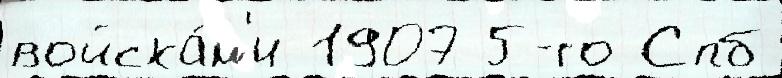
войска́м'и 1907 5-го Спб